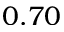
0 . 7 0